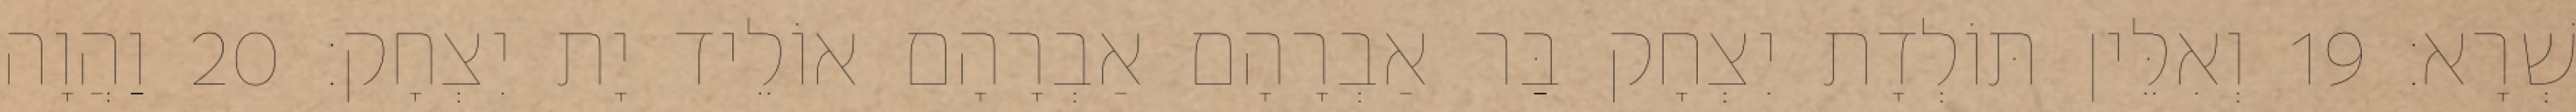
שְׁרָא׃ 19 וְאִלֵּין תּוֹלְדָת יִצְחָק בַּר אַבְרָהָם אַבְרָהָם אוֹלֵיד יָת יִצְחָק׃ 20 וַהֲוָה